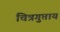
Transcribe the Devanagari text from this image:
चित्रगुप्ताय